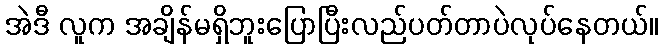
အဲဒီ လူက အချိန်မရှိဘူးပြောပြီးလည်ပတ်တာပဲလုပ်နေတယ်။